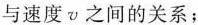
与速度v之间的关系；